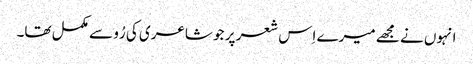
انہوں نے مجھے میرے اِس شعر پر جو شاعری کی رُو سے مکمل تھا۔